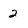
Character: 2